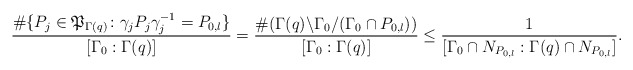
\begin{align*}\frac{\#\{P_j\in\mathfrak{P}_{\Gamma(q)}\colon \gamma_jP_j\gamma_j^{-1}=P_{0,l}\}}{[\Gamma_0:\Gamma(q)]}=\frac{\#(\Gamma(q)\backslash\Gamma_0/(\Gamma_0\cap P_{0,l}))}{[\Gamma_0:\Gamma(q)]}\leq \frac{1}{[\Gamma_0\cap N_{P_{0,l}}:\Gamma(q)\cap N_{P_{0,l}}]}.\end{align*}